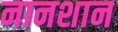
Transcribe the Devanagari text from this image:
नानशान